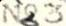
No 3